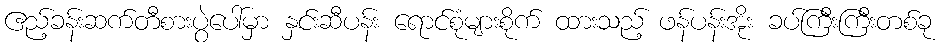
ဧည့်ခန်းဆက်တီစားပွဲပေါ်မှာ နှင်းဆီပန်း ရောင်စုံများစိုက် ထားသည့် ဖန်ပန်းအိုး ခပ်ကြီးကြီးတစ်ခု